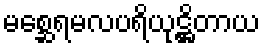
မစ္ဆေရမလပရိယုဋ္ဌိတာယ